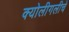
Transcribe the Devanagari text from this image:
क्योलीगलीचे